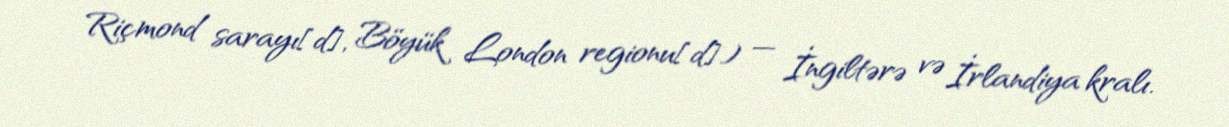
Riçmond sarayı[d], Böyük London regionu[d]) — İngiltərə və İrlandiya kralı.